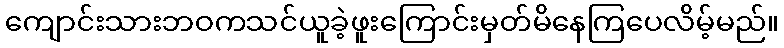
ကျောင်းသားဘဝကသင်ယူခဲ့ဖူးကြောင်းမှတ်မိနေကြပေလိမ့်မည်။